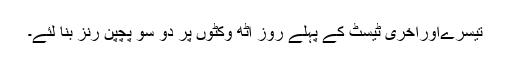
تیسرےاورآخری ٹیسٹ کے پہلے روز آٹھ وکٹوں پر دو سو پچپن رنز بنا لئے۔